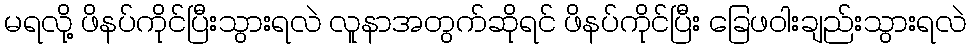
မရလို့ ဖိနပ်ကိုင်ပြီးသွားရလဲ လူနာအတွက်ဆိုရင် ဖိနပ်ကိုင်ပြီး ခြေဖဝါးချည်းသွားရလဲ